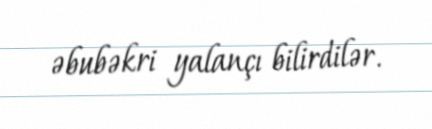
əbubəkri yalançı bilirdilər.